Indian journal of veterinary science and animal husbandry - Volumes 28-29, 1958-1959
Year: 1958
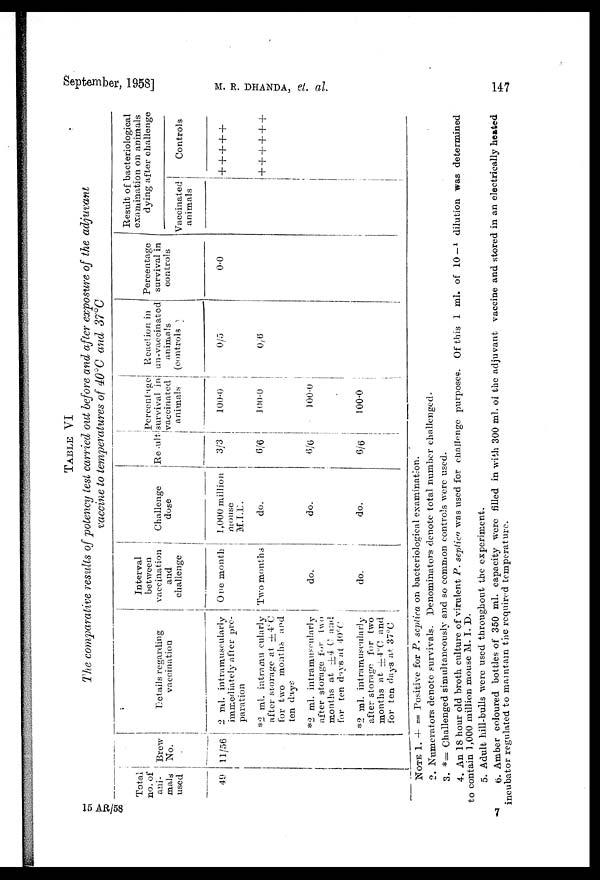
September, 1958]
M. R. DHANDA, et al.
147
TABLE
VI
The comparative results of potency test carried out before and after exposure of the adjuvant
vaccine to temperatures of 40°C and 37°C
Total
no. of
ani-
mals
used
49
Brew
No.
11/56
Details regarding
vaccination
2 ml. intramuscularly
immediately after pre-
paration
*2 ml. intramucularly
after storage at ±4ºC
for two months and
ten days
*2 ml. intramuscularly
after storage for two
months at ±4 C and
for ten days at 40ºC
*2 ml. intramuscularly
after storage for two
months at ±4ºC and
for ten days at 37°C
Interval
between
vaccination
and
challenge
One month
Two months
do.
do.
Challenge
dose
1,000 million
mouse
M.I.D.
do.
do.
do.
Result
3/3
6/6
6/6
6/6
Percentage
survival in
vaccinated
animals
100.0
100.0
100.0
100.0
Reaction in
un-vacainated
animals
(controls)
0/5
0/6
Percentage
survival in
controls
0.0
Result of bacteriological
examination on animals
dying after challenge
Vaccinated
animals
Controls
+
+ +
+
+
+ +
+ +
+
+
NOTE 1. + = Positive for P. septica on bacteriological examination.
2. Numerators denote survivals. Denominators denote total number challenged.
3. *= challenged simultaneously and so common controls were used.
4. An 18 hour old broth culture of virulent P. septica was used for challenge purposes. Of this 1 ml. of 10— 1 dilution was determined
to contain 1,000 million mouse M. I. D.
5. Adult hill-bulls were used throughout the experiment.
6. Amber coloured bottles of 350 ml. capacity were filled in with 300 ml. of the adjuvant vaccine and stored in an electrically heated
incubator regulated to maintain the required temperature.
15 AR/58
7